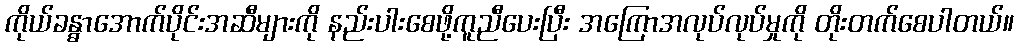
ကိုယ်ခန္ဓာအောက်ပိုင်းအဆီများကို နည်းပါးစေဖို့ကူညီပေးပြီး အကြောအလုပ်လုပ်မှုကို တိုးတက်စေပါတယ်။